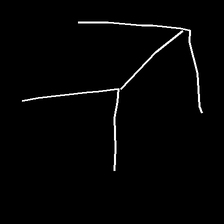
Glyph: gather